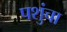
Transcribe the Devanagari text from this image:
पशुंचा